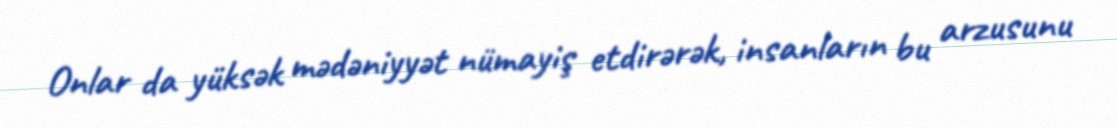
Onlar da yüksək mədəniyyət nümayiş etdirərək, insanların bu arzusunu